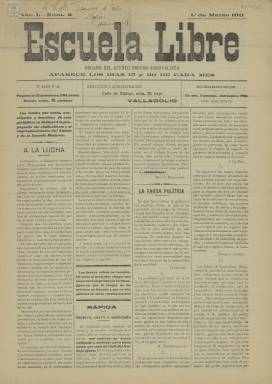
Título: Escuela libre (Valladolid)
Colección: Periódicos
Ámbito geográfico: Valladolid
Lugar de publicación: Valladolid
Fechas: 01/03/1911-01/03/1911

Publicación seguidora de la Escuela Moderna, fundada en 1901 por Ferrer y Guardia como modelo de la pedagogía anarquista de comienzos del siglo XX. El creador del periódico, que apareció en febrero de 1911, era el maestro Federico Forcada, que impulsó estas ideas en Valladolid después de haber pasado por otras ciudades españolas, la última de ellas Irún, donde fue represaliado tras el fusilamiento de Ferrer.

   Escuela libre se declaraba órgano del Ateneo Obrero Sindicalista y se dirigía a todos los trabajadores de Valladolid sin distinción de ideología política. El periódico, sin embargo, criticaba las ideas socialistas por no contribuir a su juicio a la emancipación real de la clase obrera.

El periódico se editaba cada quince días, pero solo se publicaron tres números por los problemas con la censura oficial. Forcada se trasladó ese mismo año de 1911 a Santander para dirigir una escuela laica al tiempo que suavizaba sus posiciones libertarias y se acercaba a la masonería.

   La Biblioteca Nacional de España solo posee el segundo de los tres números publicados de Escuela Libre, el correspondiente al 1 de marzo del citado año. Una ojeada por este ejemplar revela enseguida su carga ideológica de contenido anarquista. De cuatro páginas, en la segunda pueden leerse los estatutos del Ateneo Obrero Sindicalista fundado por Forcada, que figura como secretario general del nuevo centro.

La publicación dedicaba también una buena cantidad de espacio a informar de los movimientos obreros de signo libertario en otras provincias españolas y en el extranjero, fundamentalmente Europa y Estados Unidos.

   Para obtener más información sobre Escuela Libre y la interesante figura y trayectoria de Federico Forcada puede consultarse la página web de la Federación Anarquista: federacionanarquista.net.

[Descripción publicada el 15/02/2023]